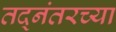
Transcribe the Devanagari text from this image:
तद्नंतरच्या